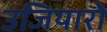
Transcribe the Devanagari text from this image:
उजियारो